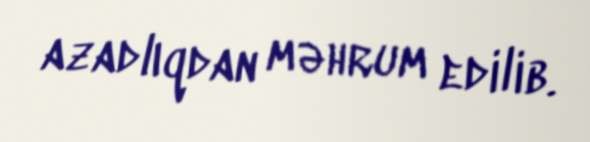
azadlıqdan məhrum edilib.